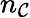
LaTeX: n_{\mathcal{C}}